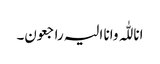
انا للّٰہ وانا الیہ راجعون۔